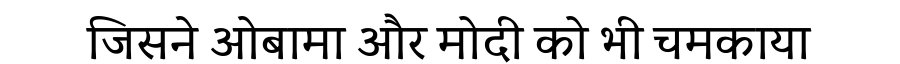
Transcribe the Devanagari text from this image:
जिसने ओबामा और मोदी को भी चमकाया